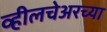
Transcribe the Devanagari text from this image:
व्हीलचेअरच्या